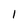
Character: 1